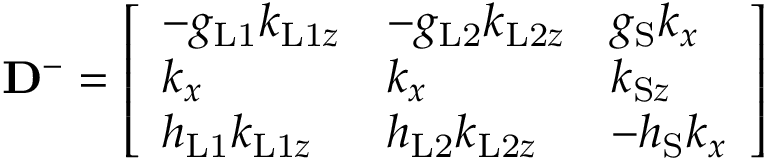
\mathbf { D } ^ { - } = \left[ \begin{array} { l l l } { - g _ { \mathrm { L 1 } } k _ { \mathrm { L 1 } z } } & { - g _ { \mathrm { L 2 } } k _ { \mathrm { L 2 } z } } & { g _ { \mathrm { S } } k _ { x } } \\ { k _ { x } } & { k _ { x } } & { k _ { \mathrm { S } z } } \\ { h _ { \mathrm { L 1 } } k _ { \mathrm { L 1 } z } } & { h _ { \mathrm { L 2 } } k _ { \mathrm { L 2 } z } } & { - h _ { \mathrm { S } } k _ { x } } \end{array} \right]